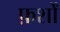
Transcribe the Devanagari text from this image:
फ़र्शों